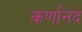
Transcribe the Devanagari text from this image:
कर्णानंद